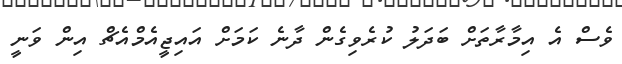
ވެސް އެ އިމާރާތަށް ބަދަލު ކުރެވިގެން ދާނެ ކަމަށް އައިޖީއެމްއެޗް އިން ވަނީ